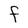
Character: F